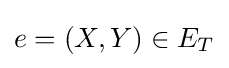
e=(X,Y)\in E_{T}